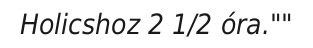
Holicshoz 2 1/2 óra.""